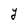
Character: Y